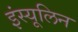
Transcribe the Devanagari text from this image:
इंस्यूलिन